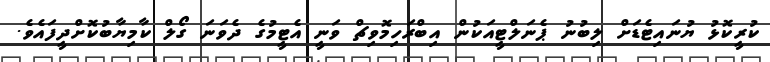
ކުރީކޮޅު ޔުނައިޓެޑަށް ލިބުނު ޕެނަލްޓީއަކުން އިބްރަހިމޮވިޗް ވަނީ އެޓީމުގެ ދެވަނަ ގޯލް ކާމިޔާބުކޮށްދީފައެވެ.